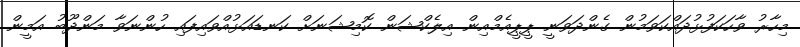
މިހާރު ވާހަކަފުޅުދައްކަވަމުން ގެންދަވަނީ ޕީޕީއެމްއިން އިލެކްޝަން ކޮމިޝަނަށް ކަނޑައަޅުއްވައިފައި ހުންނަވާ މަންދޫބު އަމީން